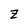
Character: z